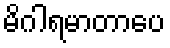
မိဂါရမာတာပေ